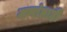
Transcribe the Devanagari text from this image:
जणांनाही